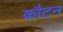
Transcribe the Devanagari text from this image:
कौटन